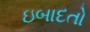
ઇબાદતો